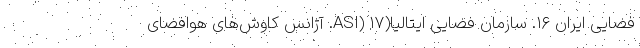
فضایی ایران ۱۶. سازمان فضایی ایتالیا(ASI) ۱۷. آژانس کاوش‌های هوافضای